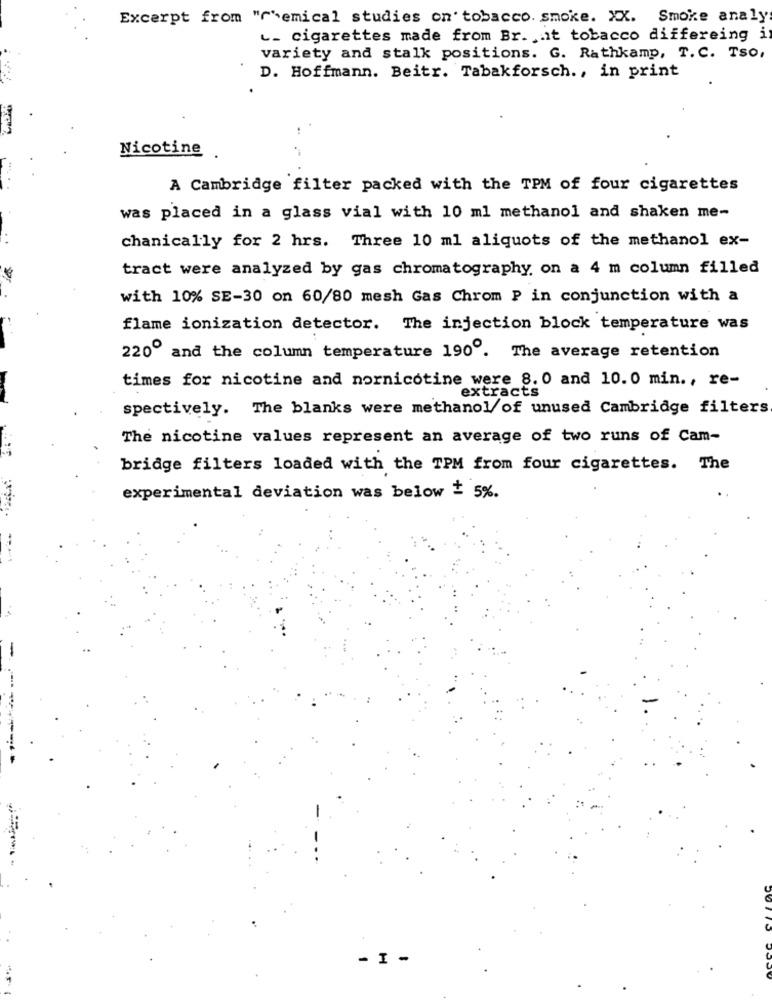
Excerpt from "r"emical studies on' tobacco. smoke. XX. Smoke analy
. cigarettes made from Br. it tobacco differeing i
variety and stalk positions. G. Rathkamp, T. C. Tso,
D. Hoffmann. Beitr. Tabakforsch ., in print
Nicotine
A Cambridge filter packed with the TPM of four cigarettes
was placed in a glass vial with 10 ml methanol and shaken me-
chanically for 2 hrs. Three 10 ml aliquots of the methanol ex-
tract were analyzed by gas chromatography, on a 4 m column filled
with 10% SE-30 on 60/80 mesh Gas Chrom P in conjunction with a
flame ionization detector. The injection block temperature was
220º and the column temperature 190". The average retention
times for nicotine and nornicotine were 8. 0 and 10.0 min ., re-
extracts
spectively. The blanks were methanol/of unused Cambridge filters
The nicotine values represent an average of two runs of Cam-
bridge filters loaded with the TPM from four cigarettes. The
experimental deviation was below + 5%.
- I -